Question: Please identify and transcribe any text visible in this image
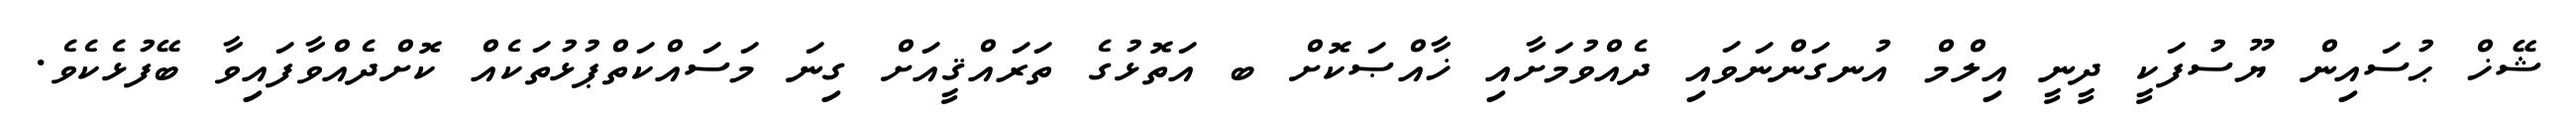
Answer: ޝޭޚް ޙުސައިން ޔޫސުފަކީ ދީނީ އިލްމް އުނގަންނަވައި ދެއްވުމަށާއި ޚާއްޞަކޮށް ބ އަތޮޅުގެ ތަރައްޤީއަށް ގިނަ މަސައްކަތްޕުޅުތަކެއް ކޮށްދެއްވާފައިވާ ބޭފުޅެކެވެ.